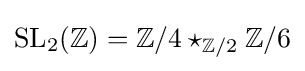
\mathrm {SL} _{2}(\mathbb {Z} )=\mathbb {Z} /4\star _{\mathbb {Z} /2}\mathbb {Z} /6